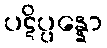
ပဋိပ္ပန္နော